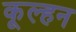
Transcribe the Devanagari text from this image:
कूल्हन